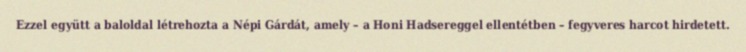
Ezzel együtt a baloldal létrehozta a Népi Gárdát, amely – a Honi Hadsereggel ellentétben – fegyveres harcot hirdetett.